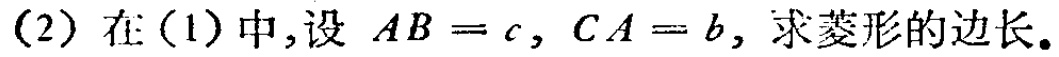
(2) 在(1)中,设 \(AB = c\), \(CA = b\), 求菱形的边长。